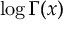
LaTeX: \log \Gamma ( x )